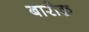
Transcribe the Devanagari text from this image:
बारोक़